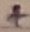
Text: +